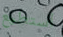
أستطيع